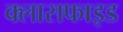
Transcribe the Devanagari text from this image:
क्लासफाइड